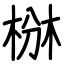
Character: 椕